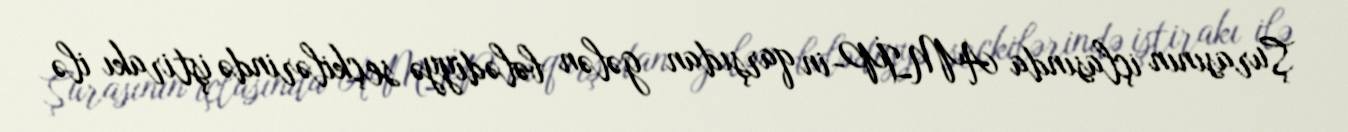
Şurasının içlasında AMİP-in qarşıdan gələn bələdiyyə seçkilərində iştirakı ilə